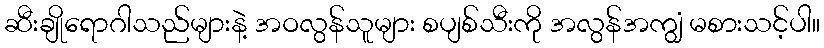
ဆီးချိုရောဂါသည်များနဲ့ အဝလွန်သူများ စပျစ်သီးကို အလွန်အကျွံ မစားသင့်ပါ။